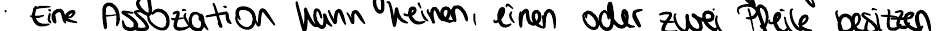
Eine Assoziation kann keinen, einen oder zwei Pfeile besitzen